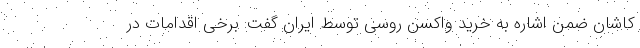
کاشان ضمن اشاره به خرید واکسن روسی توسط ایران گفت: برخی اقدامات در